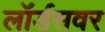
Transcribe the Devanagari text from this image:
लॉर्डसवर